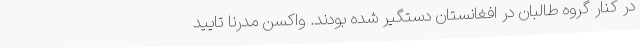
در کنار گروه طالبان در افغانستان دستگیر شده بودند. واکسن مدرنا تایید